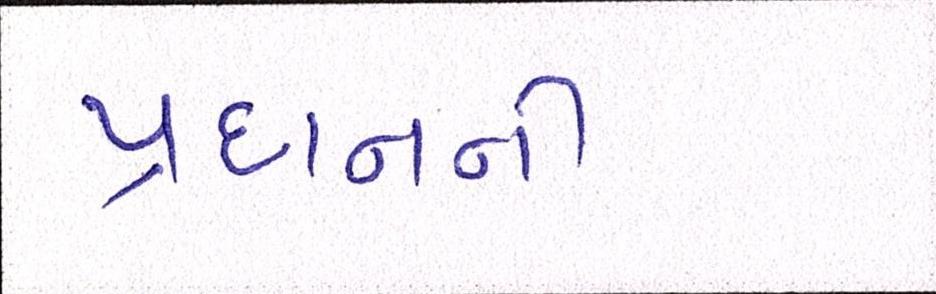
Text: પ્રદાનની